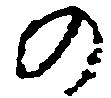
の